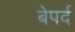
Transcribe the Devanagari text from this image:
बेपर्द